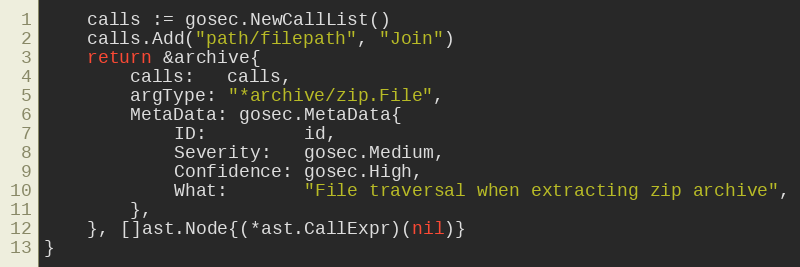
Language: Go
	calls := gosec.NewCallList()
	calls.Add("path/filepath", "Join")
	return &archive{
		calls:   calls,
		argType: "*archive/zip.File",
		MetaData: gosec.MetaData{
			ID:         id,
			Severity:   gosec.Medium,
			Confidence: gosec.High,
			What:       "File traversal when extracting zip archive",
		},
	}, []ast.Node{(*ast.CallExpr)(nil)}
}